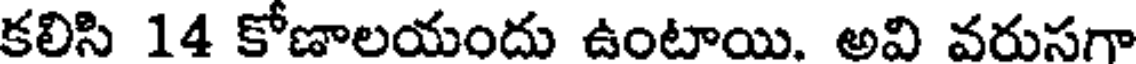
కలిసి 14 కోణాలయందు ఉంటాయి. అవి వరుసగా